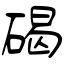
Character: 碣